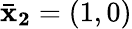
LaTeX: \mathbf{\bar{x}_{2}}=(1,0)